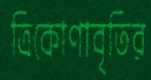
ত্রিকোণাবৃতির